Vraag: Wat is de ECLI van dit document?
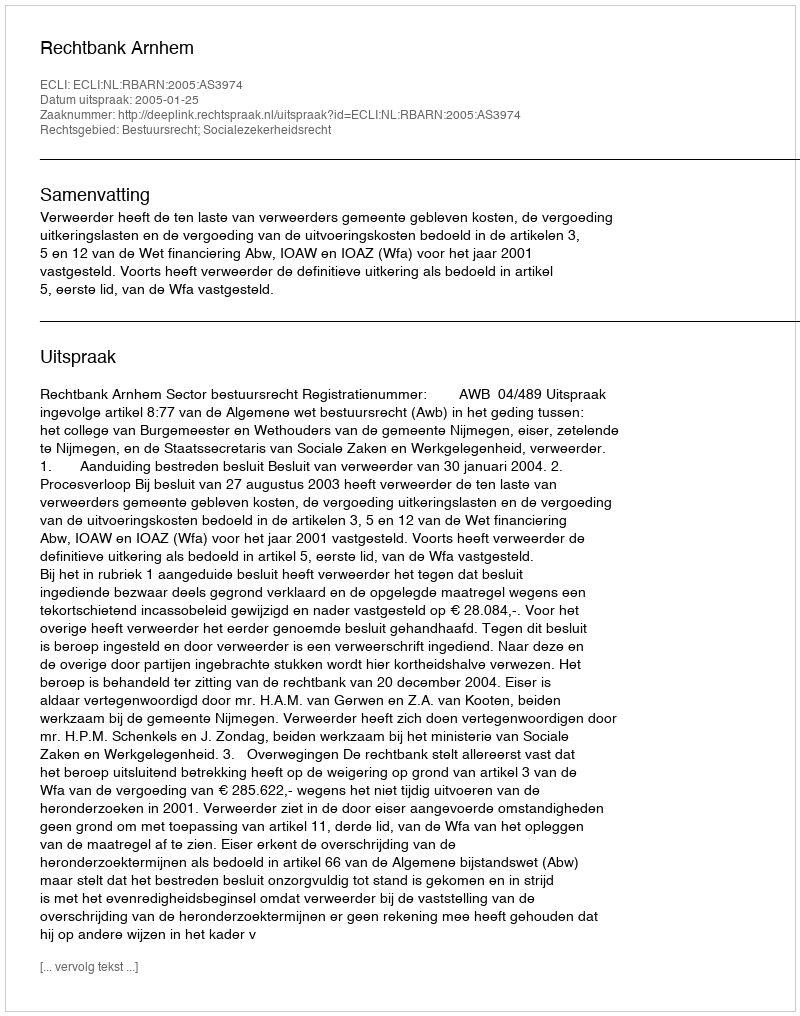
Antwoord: ECLI:NL:RBARN:2005:AS3974